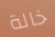
خالة